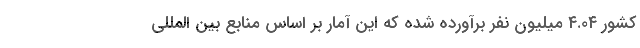
کشور ۴.۰۴ میلیون نفر برآورده شده که این آمار بر اساس منابع بین المللی